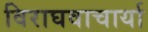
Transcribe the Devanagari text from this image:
विराघवाचार्या